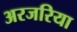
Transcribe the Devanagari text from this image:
अरजरिया